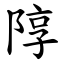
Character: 䧐